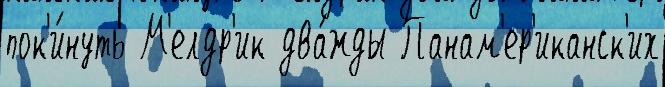
пок'и́нуть М'елдр'ик два́жды Панам'ер'иканск'их